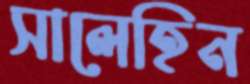
সালেহিন